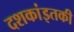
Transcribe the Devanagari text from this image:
दशकांइतकी